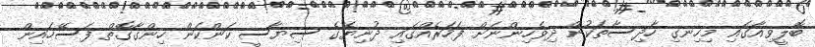
ބޮލީވިއާގައި މިހިނގި ހާދިސާތަކުން ދިވެހިންނަށް ފަހަރެއްގައި ދުނިޔޭގެ ސިޔާސީ ކަންކަން ހިންގާގޮތް ފަސޭހައިން